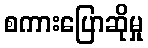
စကားပြောဆိုမှု